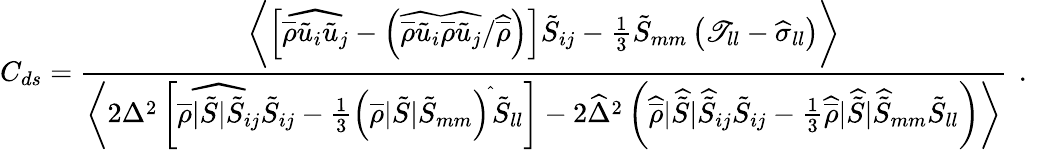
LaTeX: C_{ds}=\frac{\biggl\langle\left[\widehat{\overline{{\rho}}\tilde{u}_{i}\tilde{u}_{j}}-\left(\widehat{\overline{{\rho}}\tilde{u}_{i}}\widehat{\overline{{\rho}}\tilde{u}_{j}}/\widehat{\overline{{\rho}}}\right)\right]\tilde{S}_{ij}-\frac{1}{3}\tilde{S}_{mm}\left(\mathscr{T}_{ll}-\widehat{\sigma}_{ll}\right)\biggr\rangle}{\biggl\langle 2{\Delta}^{2}\left[\widehat{\overline{{\rho}}|\tilde{S}|\tilde{S}_{ij}}\tilde{S}_{ij}-\frac{1}{3}\left(\overline{{\rho}}|\tilde{S}|\tilde{S}_{mm}\right)^{\widehat{}}\tilde{S}_{ll}\right]-2\widehat{\Delta}^{2}\left(\widehat{\overline{{\rho}}}|\widehat{\tilde{S}}|\widehat{\tilde{S}}_{ij}\tilde{S}_{ij}-\frac{1}{3}\widehat{\overline{{\rho}}}|\widehat{\tilde{S}}|\widehat{\tilde{S}}_{mm}\tilde{S}_{ll}\right)\biggr\rangle}\, \mathrm{~.~}